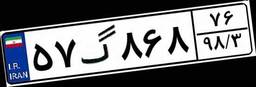
۵۷گ۸۶۸۷۶